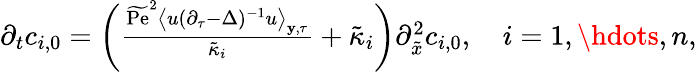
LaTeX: \begin{array}{r}{\partial_{t}c_{i,0}=\left(\frac{\widetilde{\mathrm{Pe}}^{2}\left\langle u(\partial_{\tau}-\Delta)^{-1}u\right\rangle_{\mathbf{y},\tau}}{\tilde{\kappa}_{i}}+\tilde{\kappa}_{i}\right)\partial_{\tilde{x}}^{2}c_{i,0},\quad i=1,\hdots,n,}\end{array}